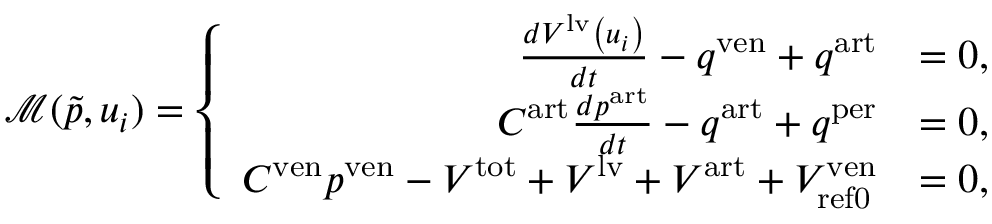
\mathcal { M } ( \tilde { p } , u _ { i } ) = \left\{ \begin{array} { r l } { \frac { d V ^ { \mathrm { l v } } \left( u _ { i } \right) } { d t } - q ^ { \mathrm { v e n } } + q ^ { \mathrm { a r t } } } & { = 0 , } \\ { C ^ { \mathrm { a r t } } \frac { d p ^ { \mathrm { a r t } } } { d t } - q ^ { \mathrm { a r t } } + q ^ { \mathrm { p e r } } } & { = 0 , } \\ { C ^ { \mathrm { v e n } } p ^ { \mathrm { v e n } } - V ^ { \mathrm { t o t } } + V ^ { \mathrm { l v } } + V ^ { \mathrm { a r t } } + V _ { \mathrm { { r e f 0 } } } ^ { \mathrm { v e n } } } & { = 0 , } \end{array} \right.